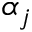
\alpha _ { j }